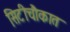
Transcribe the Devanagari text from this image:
सिटीचौकात